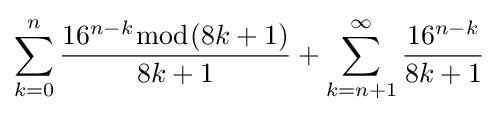
\sum _{k=0}^{n}{\frac {16^{n-k}{\bmod {(}}8k+1)}{8k+1}}+\sum _{k=n+1}^{\infty }{\frac {16^{n-k}}{8k+1}}